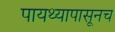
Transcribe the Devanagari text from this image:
पायथ्यापासूनच